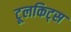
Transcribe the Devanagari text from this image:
टूलकिट्स